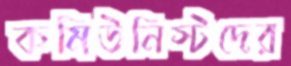
কমিউনিস্টদের